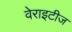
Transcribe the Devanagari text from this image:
वेराइटीज